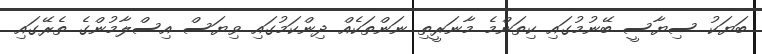
ބަޔަކު ސިޔާސީ ބޭނުމުގައި ކިތަންމެ މާނަރީތި ނަންތަކެއް ދިންކަމުގައި ވިޔަސް އިސްލާމުންގެ ތެރޭގައި